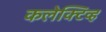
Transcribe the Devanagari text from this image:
कलेक्टिव्ह